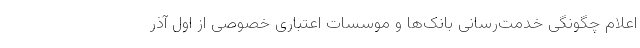
اعلام چگونگی خدمت‌رسانی بانک‌ها و موسسات اعتباری خصوصی از اول آذر